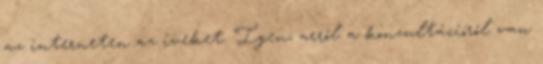
az interneten az íveket. Igen, arról a konzultációról van